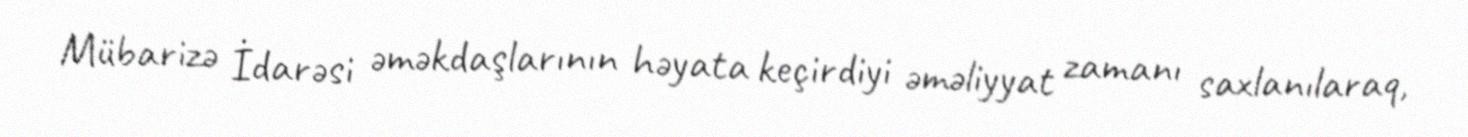
Mübarizə İdarəsi əməkdaşlarının həyata keçirdiyi əməliyyat zamanı saxlanılaraq,